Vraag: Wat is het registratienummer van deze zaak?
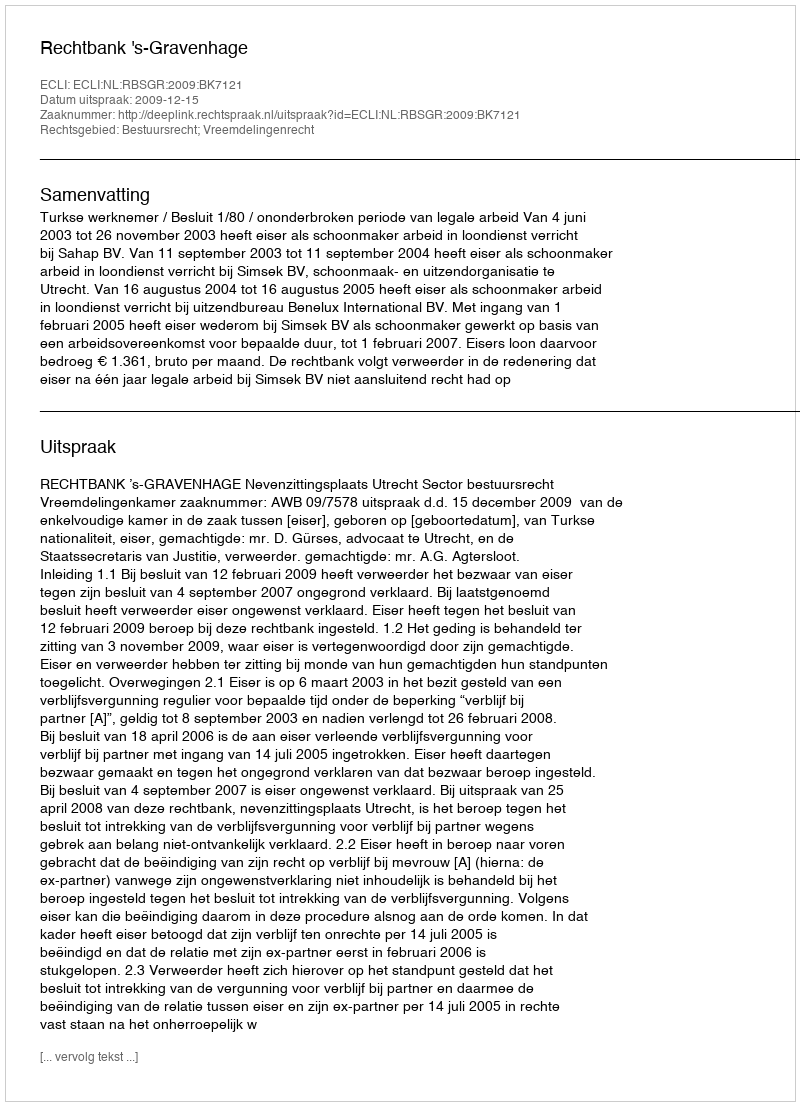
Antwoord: http://deeplink.rechtspraak.nl/uitspraak?id=ECLI:NL:RBSGR:2009:BK7121